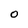
Character: 0